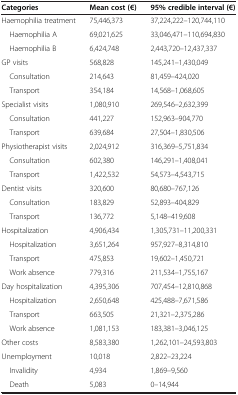
| Categories | Mean cost (€) | 95% credible interval (€) |
 | --- | --- | --- |
 | Haemophilia treatment | 75,446,373 | 37,224,222–120,744,110 |
 | Haemophilia A | 69,021,625 | 33,046,471–110,694,830 |
 | Haemophilia B | 6,424,748 | 2,443,720–12,437,337 |
 | GP visits | 568,828 | 145,241–1,430,049 |
 | Consultation | 214,643 | 81,459–424,020 |
 | Transport | 354,184 | 14,568–1,068,605 |
 | Specialist visits | 1,080,910 | 269,546–2,632,399 |
 | Consultation | 441,227 | 152,963–904,770 |
 | Transport | 639,684 | 27,504–1,830,506 |
 | Physiotherapist visits | 2,024,912 | 316,369–5,751,834 |
 | Consultation | 602,380 | 146,291–1,408,041 |
 | Transport | 1,422,532 | 54,573–4,543,715 |
 | Dentist visits | 320,600 | 80,680–767,126 |
 | Consultation | 183,829 | 52,893–404,829 |
 | Transport | 136,772 | 5,148–419,608 |
 | Hospitalization | 4,906,434 | 1,305,731–11,200,331 |
 | Hospitalization | 3,651,264 | 957,927–8,314,810 |
 | Transport | 475,853 | 19,602–1,450,721 |
 | Work absence | 779,316 | 211,534–1,755,167 |
 | Day hospitalization | 4,395,306 | 707,454–12,810,868 |
 | Hospitalization | 2,650,648 | 425,488–7,671,586 |
 | Transport | 663,505 | 21,321–2,375,286 |
 | Work absence | 1,081,153 | 183,381–3,046,125 |
 | Other costs | 8,583,380 | 1,262,101–24,593,803 |
 | Unemployment | 10,018 | 2,822–23,224 |
 | Invalidity | 4,934 | 1,869–9,560 |
 | Death | 5,083 | 0–14,944 |